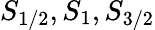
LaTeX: S_{1/2},S_{1},S_{3/2}